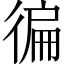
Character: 徧